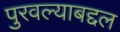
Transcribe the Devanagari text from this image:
पुरवल्याबद्दल